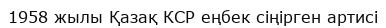
1958 жылы Қазақ КСР еңбек сіңірген артисі